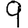
Digit: 9